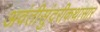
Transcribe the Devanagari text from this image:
अवंतीसुंदरीकथासार